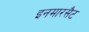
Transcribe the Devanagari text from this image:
इनमारसैट